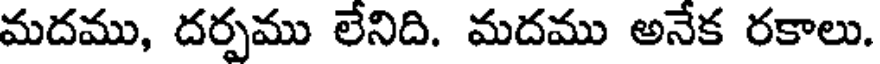
మదము, దర్పము లేనిది. మదము అనేక రకాలు.